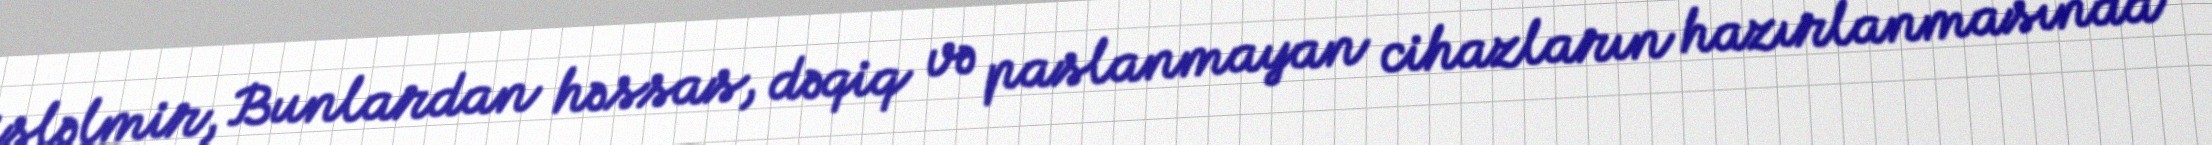
işləlmir, Bunlardan həssas, dəqiq və paslanmayan cihazların hazırlanmasında